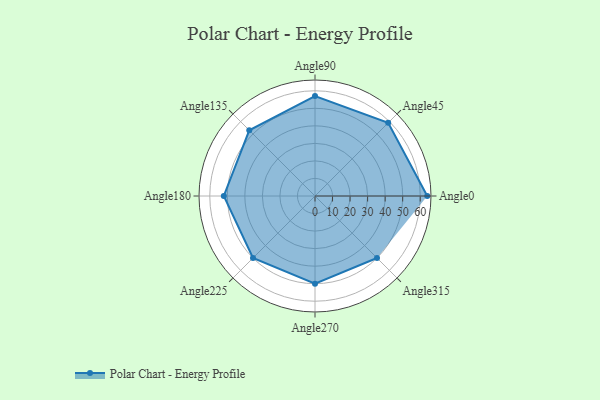
{"axis": {"x": "Angle", "y": "Radius"}, "legend": [""], "data": [{"x": "Angle0", "y": 64.0, "type": ""}, {"x": "Angle45", "y": 59.0, "type": ""}, {"x": "Angle90", "y": 57.0, "type": ""}, {"x": "Angle135", "y": 53.0, "type": ""}, {"x": "Angle180", "y": 52.0, "type": ""}, {"x": "Angle225", "y": 50, "type": ""}, {"x": "Angle270", "y": 50, "type": ""}, {"x": "Angle315", "y": 50, "type": ""}]}